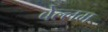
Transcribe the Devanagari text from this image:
बेल्लम